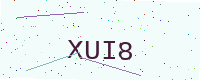
Text: XUI8